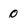
Character: 0